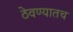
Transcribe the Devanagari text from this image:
ठेवण्यातच